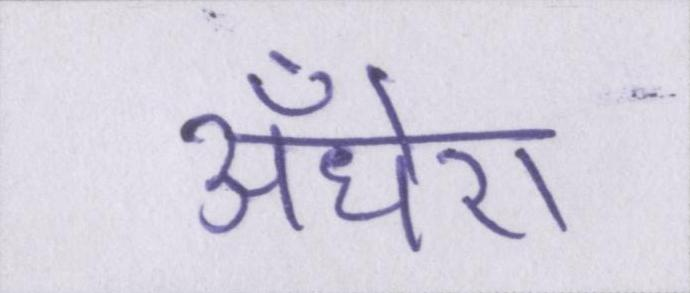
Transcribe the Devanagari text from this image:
अँधेरा